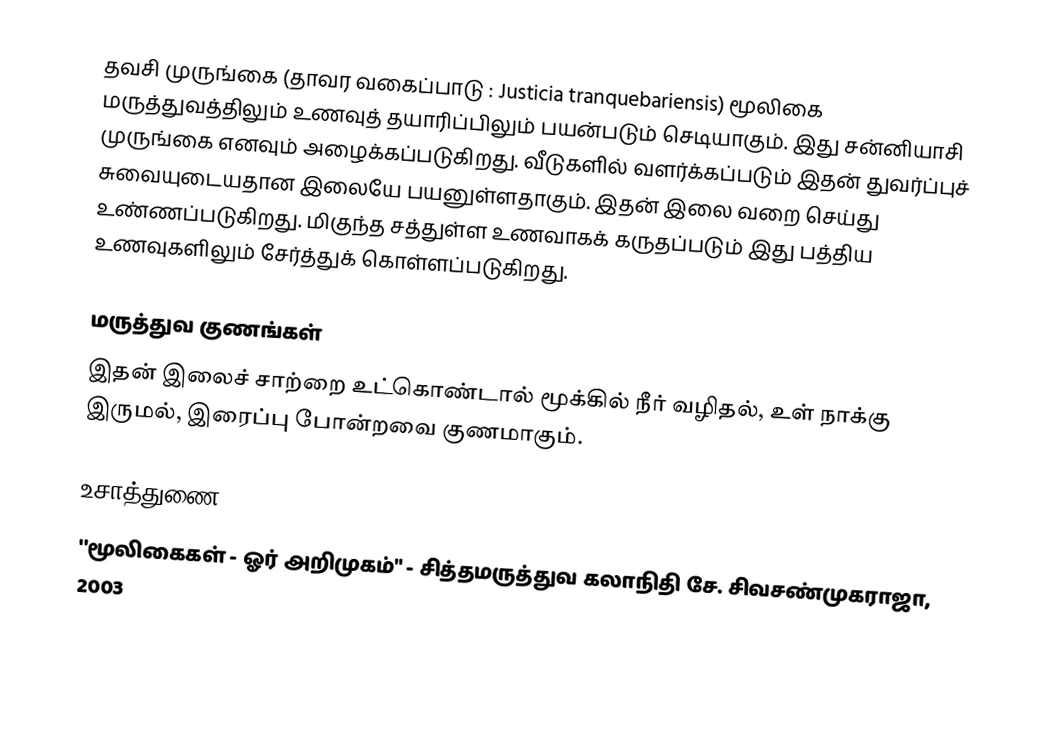
தவசி முருங்கை  (தாவர வகைப்பாடு : Justicia tranquebariensis) மூலிகை மருத்துவத்திலும் உணவுத் தயாரிப்பிலும் பயன்படும் செடியாகும். இது சன்னியாசி முருங்கை எனவும் அழைக்கப்படுகிறது. வீடுகளில் வளர்க்கப்படும் இதன் துவர்ப்புச் சுவையுடையதான இலையே பயனுள்ளதாகும். இதன் இலை வறை செய்து உண்ணப்படுகிறது. மிகுந்த சத்துள்ள உணவாகக் கருதப்படும் இது பத்திய உணவுகளிலும் சேர்த்துக் கொள்ளப்படுகிறது.

மருத்துவ குணங்கள்
இதன் இலைச் சாற்றை உட்கொண்டால் மூக்கில் நீர் வழிதல், உள் நாக்கு இருமல், இரைப்பு போன்றவை குணமாகும்.

உசாத்துணை
 ''மூலிகைகள் - ஓர் அறிமுகம்" - சித்தமருத்துவ கலாநிதி சே. சிவசண்முகராஜா, 2003